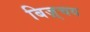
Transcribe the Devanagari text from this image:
बिज़्चय